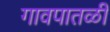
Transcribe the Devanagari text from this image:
गावपातळी